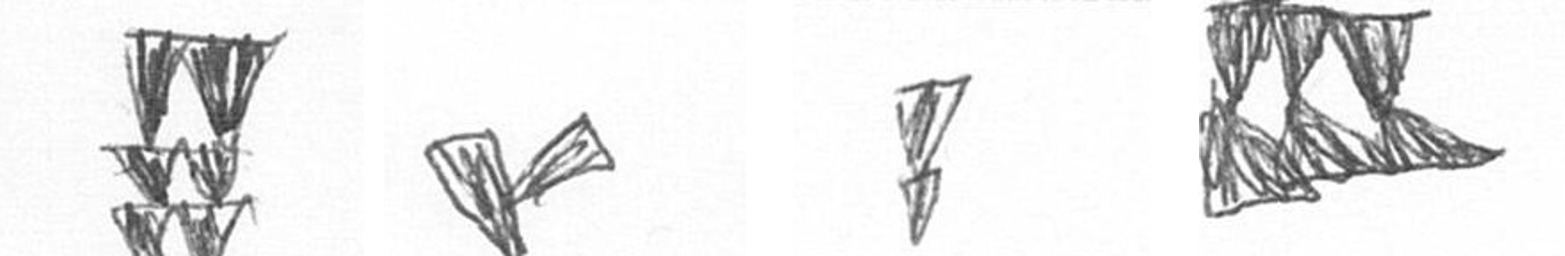
Y F Z D